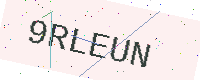
Text: 9RLEUN